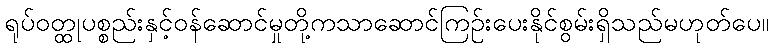
ရုပ်ဝတ္ထုပစ္စည်းနှင့်ဝန်ဆောင်မှုတို့ကသာဆောင်ကြဉ်းပေးနိုင်စွမ်းရှိသည်မဟုတ်ပေ။